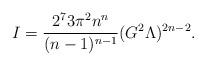
LaTeX: \begin{align*}I=\frac{2^7 3\pi^2 n^n}{(n-1)^{n-1}}(G^2\Lambda)^{2n-2}.\end{align*}